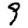
Digit: 9